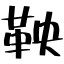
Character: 鞅